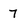
Character: 7